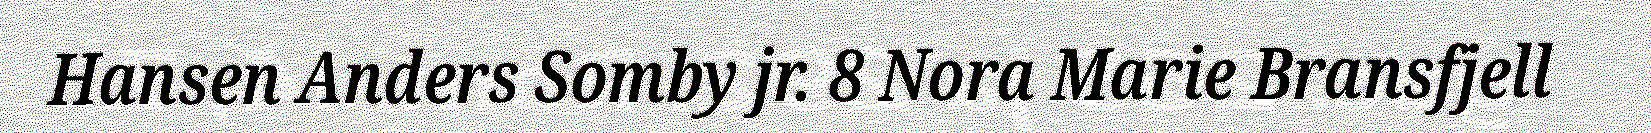
Hansen Anders Somby jr. 8 Nora Marie Bransfjell